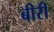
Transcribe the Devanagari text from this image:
बीरी